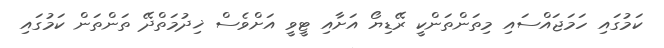
ކަމުގައި ހަމަޖައްސައި މިތަންތަންކީ ރޭޑިޔޯ އަށާއި ޓީވީ އަށްވެސް ޚިދުމަތްދޭ ތަންތަން ކަމުގައި